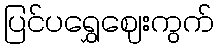
ပြင်ပရွှေဈေးကွက်